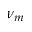
\nu _ { m }